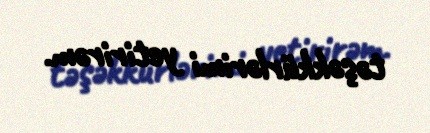
təşəkkürlərimi yetirirəm.